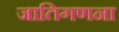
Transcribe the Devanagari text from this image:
जातिगणना